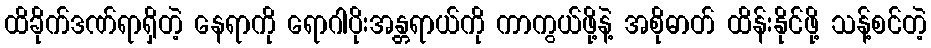
ထိခိုက်ဒဏ်ရာရှိတဲ့ နေရာကို ရောဂါပိုးအန္တရာယ်ကို ကာကွယ်ဖို့နဲ့ အစိုဓာတ် ထိန်းနိုင်ဖို့ သန့်စင်တဲ့